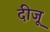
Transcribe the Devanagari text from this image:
दीजू